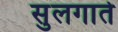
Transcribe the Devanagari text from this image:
सुलगाते